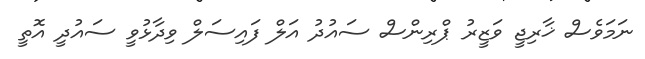
ނަމަވެސް ޚާރިޖީ ވަޒީރު ޕްރިންސް ސައުދު އަލް ފައިސަލް ވިދާޅުވީ ސައުދީ އޮތީ